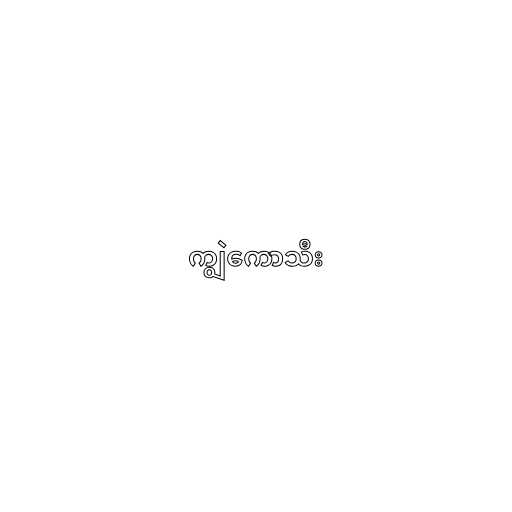
ကျွဲကောသီး